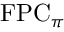
\mathrm { F P C } _ { \pi }